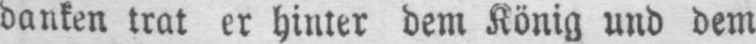
danken trat er hinter dem König und dem